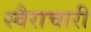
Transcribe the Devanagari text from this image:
स्वैराचारी